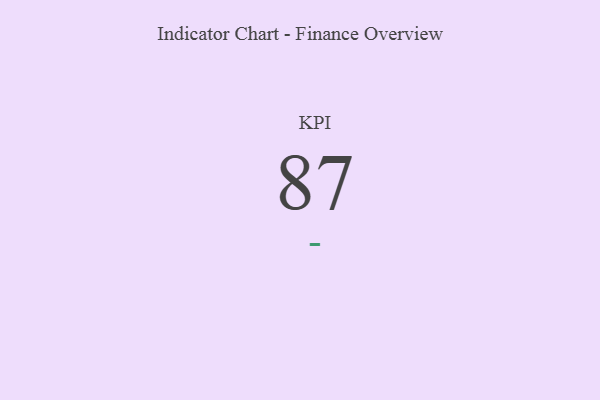
{"axis": {"x": "KPI", "y": "Value"}, "legend": [""], "data": [{"x": "KPI", "y": 87, "type": ""}]}